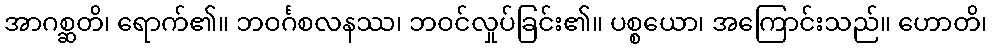
အာဂစ္ဆတိ၊ ရောက်၏။ ဘဝင်္ဂစလနဿ၊ ဘဝင်လှုပ်ခြင်း၏။ ပစ္စယော၊ အကြောင်းသည်။ ဟောတိ၊